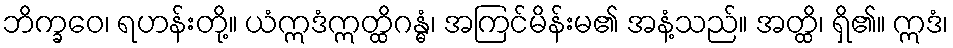
ဘိက္ခဝေ၊ ရဟန်းတို့။ ယံဣဒံဣတ္ထိဂန္ဓံ၊ အကြင်မိန်းမ၏ အနံ့သည်။ အတ္ထိ၊ ရှိ၏။ ဣဒံ၊